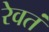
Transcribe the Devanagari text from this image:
रेवतं